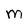
Character: M